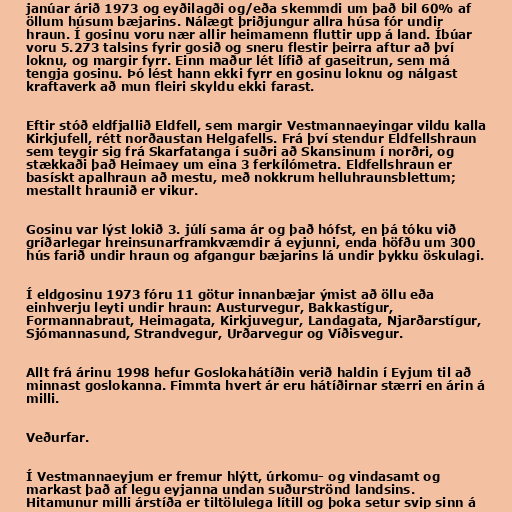
janúar árið 1973 og eyðilagði og/eða skemmdi um það bil 60% af
öllum húsum bæjarins. Nálægt þriðjungur allra húsa fór undir
hraun. Í gosinu voru nær allir heimamenn fluttir upp á land. Íbúar
voru 5.273 talsins fyrir gosið og sneru flestir þeirra aftur að því
loknu, og margir fyrr. Einn maður lét lífið af gaseitrun, sem má
tengja gosinu. Þó lést hann ekki fyrr en gosinu loknu og nálgast
kraftaverk að mun fleiri skyldu ekki farast.

Eftir stóð eldfjallið Eldfell, sem margir Vestmannaeyingar vildu kalla
Kirkjufell, rétt norðaustan Helgafells. Frá því stendur Eldfellshraun
sem teygir sig frá Skarfatanga í suðri að Skansinum í norðri, og
stækkaði það Heimaey um eina 3 ferkílómetra. Eldfellshraun er
basískt apalhraun að mestu, með nokkrum helluhraunsblettum;
mestallt hraunið er vikur.

Gosinu var lýst lokið 3. júlí sama ár og það hófst, en þá tóku við
gríðarlegar hreinsunarframkvæmdir á eyjunni, enda höfðu um 300
hús farið undir hraun og afgangur bæjarins lá undir þykku öskulagi.

Í eldgosinu 1973 fóru 11 götur innanbæjar ýmist að öllu eða
einhverju leyti undir hraun: Austurvegur, Bakkastígur,
Formannabraut, Heimagata, Kirkjuvegur, Landagata, Njarðarstígur,
Sjómannasund, Strandvegur, Urðarvegur og Víðisvegur.

Allt frá árinu 1998 hefur Goslokahátíðin verið haldin í Eyjum til að
minnast goslokanna. Fimmta hvert ár eru hátíðirnar stærri en árin á
milli.

Veðurfar.

Í Vestmannaeyjum er fremur hlýtt, úrkomu- og vindasamt og
markast það af legu eyjanna undan suðurströnd landsins.
Hitamunur milli árstíða er tiltölulega lítill og þoka setur svip sinn á